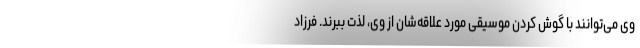
وی می‌توانند با گوش کردن موسیقی مورد علاقه‌شان از وی، لذت ببرند. فرزاد